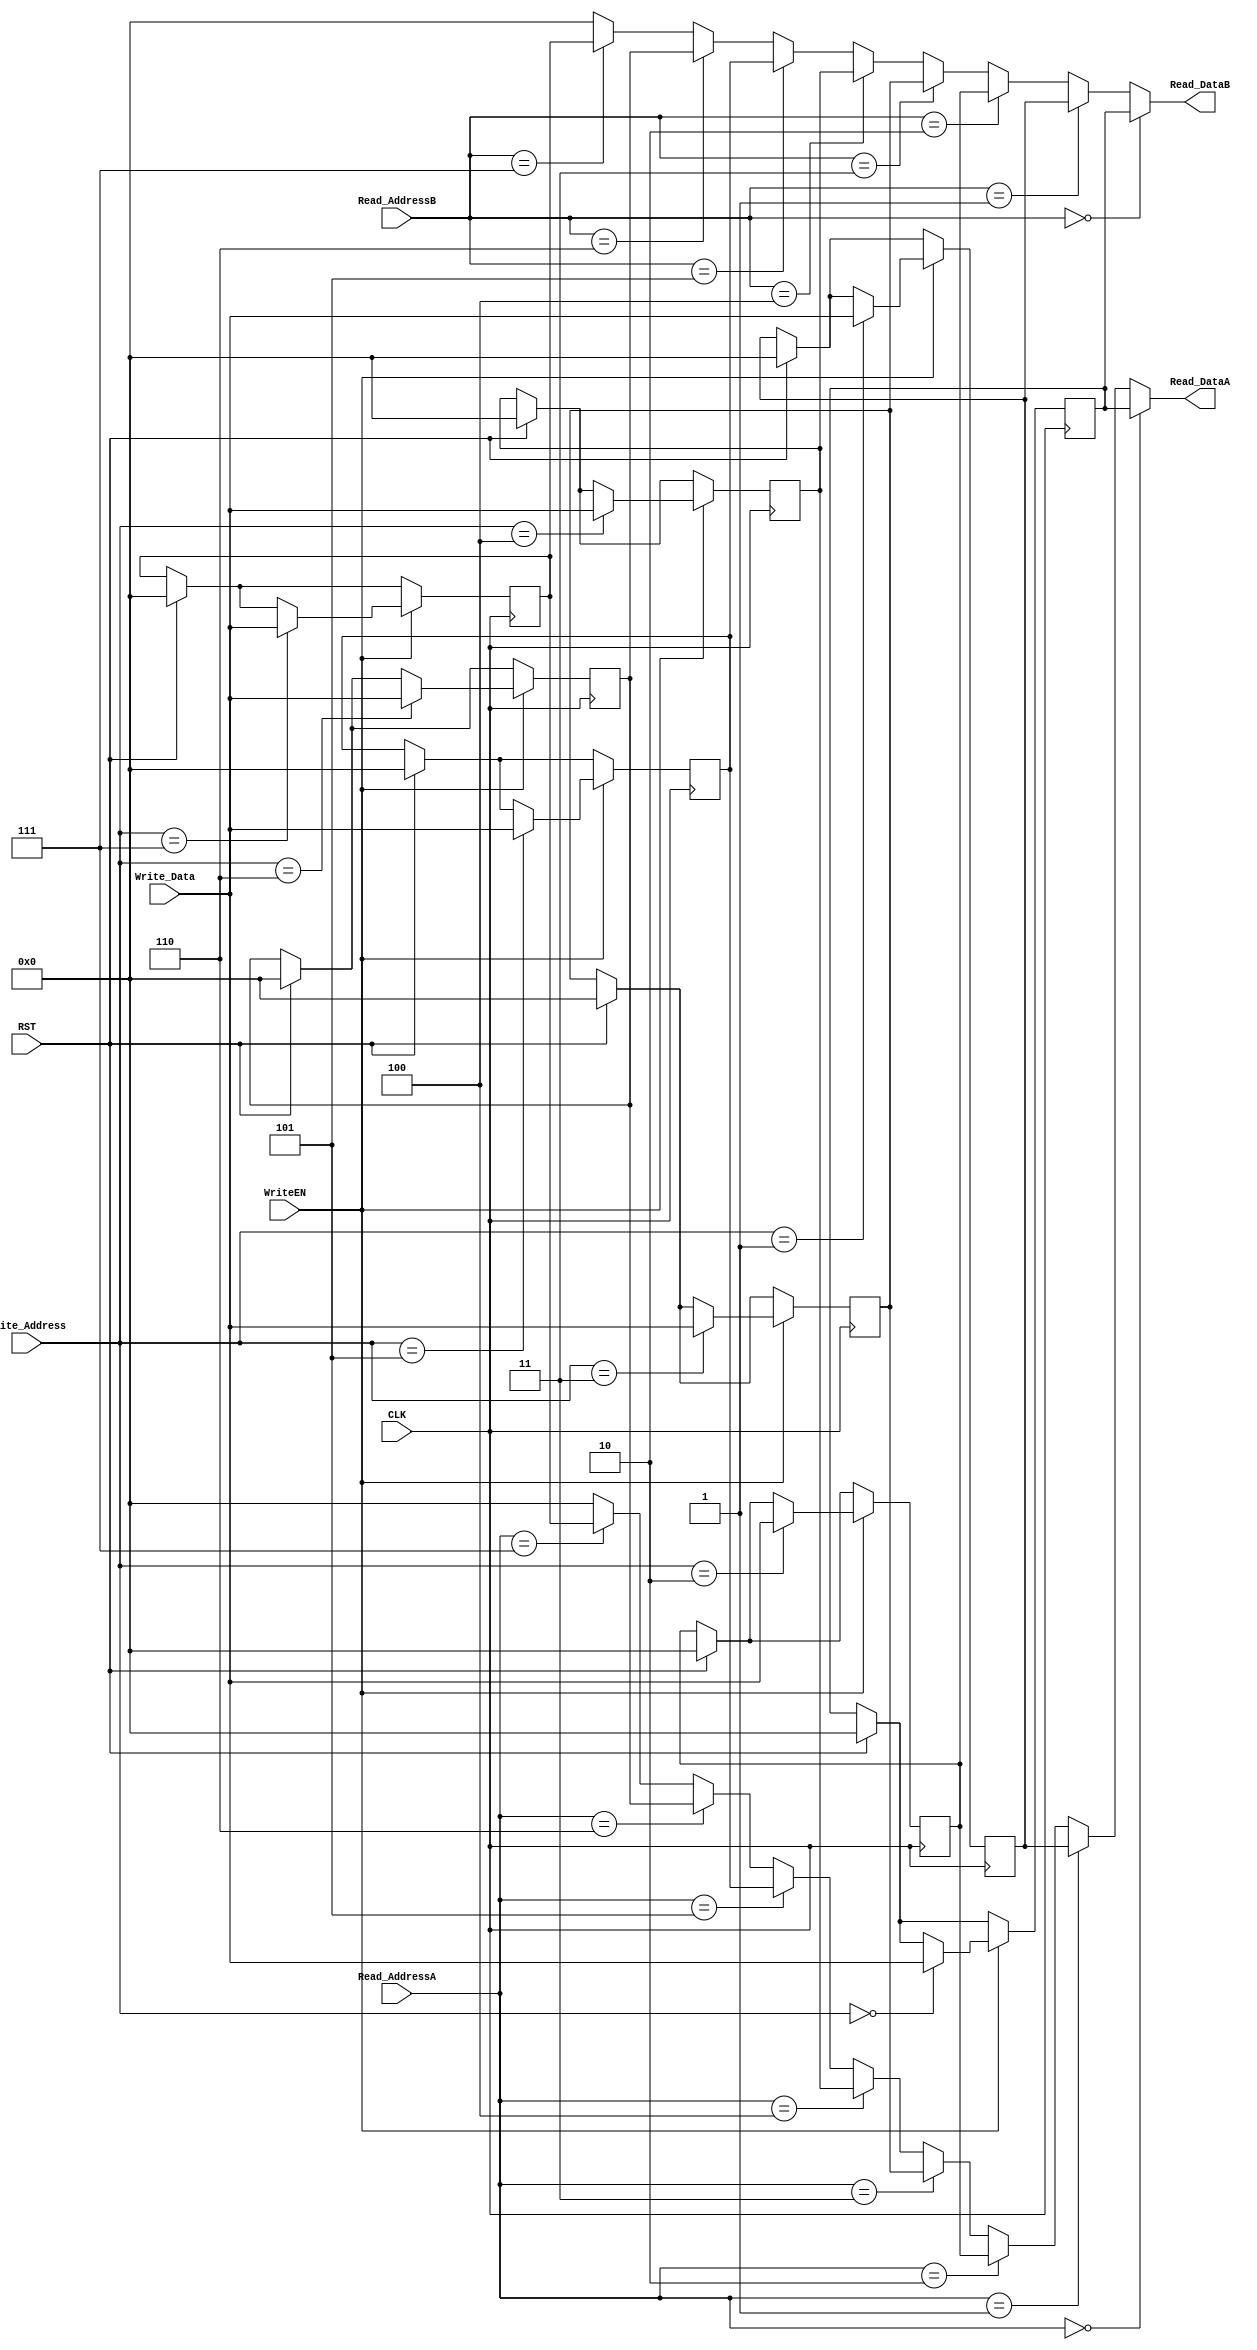
module RegisterFile8x8
  (input CLK,
   input WriteEN,
	input RST,
   input [2:0] Write_Address,
   input [7:0] Write_Data,
   input [2:0] Read_AddressA,
   output [7:0] Read_DataA,
   input [2:0] Read_AddressB,
   output [7:0] Read_DataB);

   reg [7:0] 	 reg0, reg1, reg2, reg3, reg4, reg5, reg6, reg7;

   assign Read_DataA = Read_AddressA == 0 ? reg0 :
		    Read_AddressA == 1 ? reg1 :
		    Read_AddressA == 2 ? reg2 :
		    Read_AddressA == 3 ? reg3 :
			 Read_AddressA == 4 ? reg4 :
			 Read_AddressA == 5 ? reg5 :
			 Read_AddressA == 6 ? reg6 :
			 Read_AddressA == 7 ? reg7 : 0;
			 
   assign Read_DataB = Read_AddressB == 0 ? reg0 :
		    Read_AddressB == 1 ? reg1 :
		    Read_AddressB == 2 ? reg2 :
		    Read_AddressB == 3 ? reg3 :
			 Read_AddressB == 4 ? reg4 :
			 Read_AddressB == 5 ? reg5 :
			 Read_AddressB == 6 ? reg6 :
			 Read_AddressB == 7 ? reg7 : 0;

   always @(posedge CLK) begin
		if (RST)
		begin
			reg0 <= 8'b0;
			reg1 <= 8'b0;
			reg2 <= 8'b0;
			reg3 <= 8'b0;
			reg4 <= 8'b0;
			reg5 <= 8'b0;
			reg6 <= 8'b0;
			reg7 <= 8'b0;
		end
			
      if (WriteEN) 
			case (Write_Address) 
			  0: begin
				  reg0 <= Write_Data;
			  end
			  1: begin
				  reg1 <= Write_Data;
			  end
			  2: begin
				  reg2 <= Write_Data;
			  end
			  3: begin
				  reg3 <= Write_Data;
			  end
			  4: begin
				  reg4 <= Write_Data;
			  end
			  5: begin
				  reg5 <= Write_Data;
			  end
			  6: begin
				  reg6 <= Write_Data;
			  end
			  7: begin
				  reg7 <= Write_Data;
			  end
			endcase
   end
endmodule